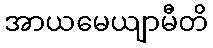
အာယမေယျာမီတိ